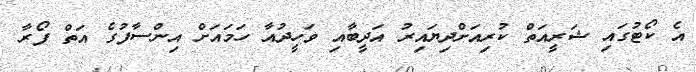
އެ ކޯޓުގައި ޝަރީއަތް ކުރިއަށްދިޔައިރު އަދީބާއި ވަހީދުއާ ހަމައަށް އިންސާފުގެ އަތް ފޯރާ